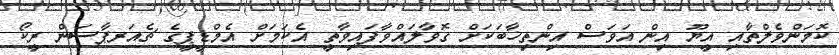
ކޮމަންވެލްތާއި އީޔޫ އިން އަވަސް އިންތިޚާބަކަށް ގޮވާލައްވާފައިވާތީ އެކަމަށް އެމްޑީޕީގެ ޗެއަރޕާސަން ރީކޯ